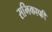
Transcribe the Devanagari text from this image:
सभिकाफी